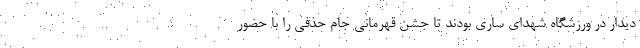
دیدار در ورزشگاه شهدای ساری بودند تا جشن قهرمانی جام حذفی را با حضور